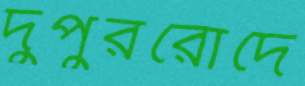
দুপুররোদে